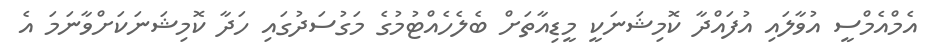
އެމްއެމްސީ އުވާލައި އުފައްދާ ކޮމިޝަނަކީ މީޑިއާތަށް ބެލެހެއްޓުމުގެ މަގުސަދުގައި ހަދާ ކޮމިޝަނަކަށްވާނަމަ އެ